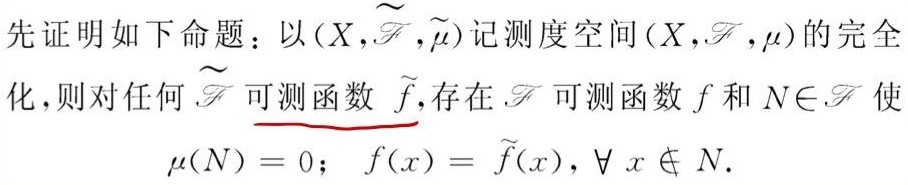
先证明如下命题：以\((X,\widetilde{\mathcal{F}},\widetilde{\mu})\)记测度空间\((X,\mathcal{F},\mu)\)的完全化，则对任何\(\widetilde{\mathcal{F}}\)可测函数\(\widetilde{f}\)，存在\(\mathcal{F}\)可测函数\(f\)和\(N\in\mathcal{F}\)使\(\mu(N)=0\)；\(f(x)=\widetilde{f}(x)\)，\(\forall x\notin N\)。